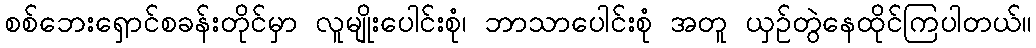
စစ်ဘေးရှောင်စခန်းတိုင်မှာ လူမျိုးပေါင်းစုံ၊ ဘာသာပေါင်းစုံ အတူ ယှဉ်တွဲနေထိုင်ကြပါတယ်။